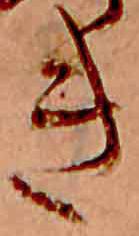
き